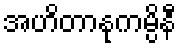
အဟိတာနုကမ္ပိနီ